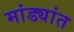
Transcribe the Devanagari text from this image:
मांड्यांत